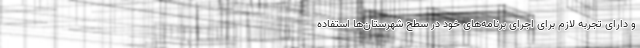
و دارای تجربه لازم برای اجرای برنامه‌های خود در سطح شهرستان‌ها استفاده